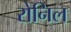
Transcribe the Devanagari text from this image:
रोनिल